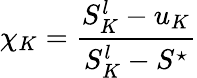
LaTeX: \chi_{K}=\frac{S_{K}^{l}-u_{K}}{S_{K}^{l}-S^{\star}}